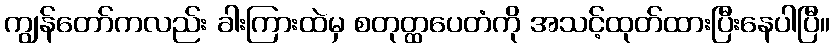
ကျွန်တော်ကလည်း ခါးကြားထဲမှ စတုတ္ထပေတံကို အသင့်ထုတ်ထားပြီးနေပါပြီ။